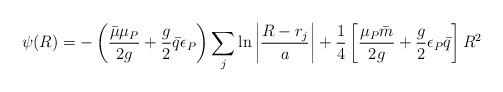
LaTeX: \begin{align*}\psi (R ) = - \left( \frac{ \bar{ \mu} \mu_P}{ 2 g} + \frac{ g}{2} \bar{ q}\epsilon_P \right) \sum_j \ln \left| \frac{ R - r_j}{ a} \right| +\frac{1}{4} \left[ \frac{ \mu_P \bar{m}}{ 2 g} + \frac{ g}{2}\epsilon_P \bar{q} \right] R^2\end{align*}